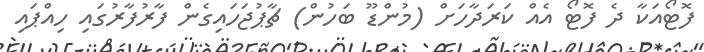
ފޮޓޯއަކާ ދެ ފޮޓޯ އެއް ކަރަދާހަށް (މުންޑޫ ބަހުން) ޗާޕުޖަހައިގެން ފާރުފާރުގައި ހިއްޕައި